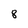
Character: 8